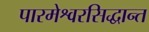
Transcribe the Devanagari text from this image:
पारमेश्वरसिद्धान्त